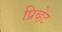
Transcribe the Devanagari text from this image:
प्रिव्हेट